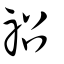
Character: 祒